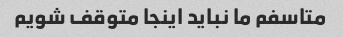
متاسفم ما نباید اینجا متوقف شویم